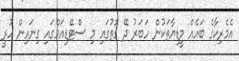
އެމެރިކާގެ ބައެއް މީޑިޔާތަކުން ހަބަރު ދޭ ގޮތުގައި މި ސްޓޭޑިއަމްގައި ގިނައިން ހުރީ